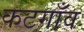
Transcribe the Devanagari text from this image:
कटगाँव